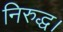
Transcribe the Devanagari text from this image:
निरुद्ध।